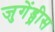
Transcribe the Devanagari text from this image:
जुगेंड्प्रीस